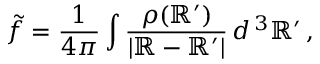
\tilde { f } = { \frac { 1 } { 4 \pi } } \int { \frac { \rho ( \mathbb { R } ^ { \prime } ) } { | \mathbb { R } - \mathbb { R } ^ { \prime } | } } \, d ^ { \, 3 } \mathbb { R } ^ { \prime } \, ,